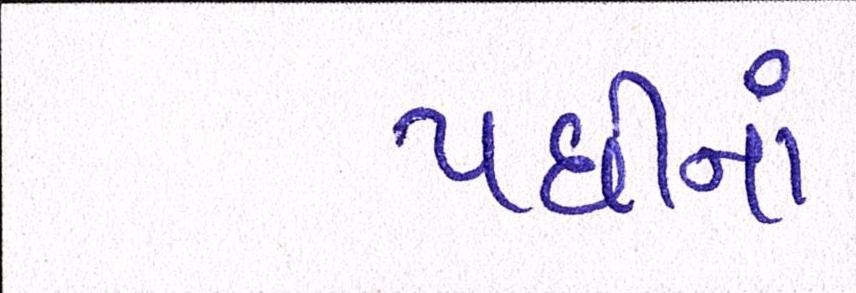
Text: પછીનાં